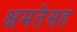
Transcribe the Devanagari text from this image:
क्षमतेसह